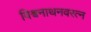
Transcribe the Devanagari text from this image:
विश्वनाथनवरत्न